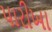
પારીખા